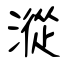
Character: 漎